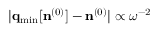
\vert { \bf q } _ { \mathrm { m i n } } [ { \bf n } ^ { ( 0 ) } ] - { \bf n } ^ { ( 0 ) } \vert \propto \omega ^ { - 2 }